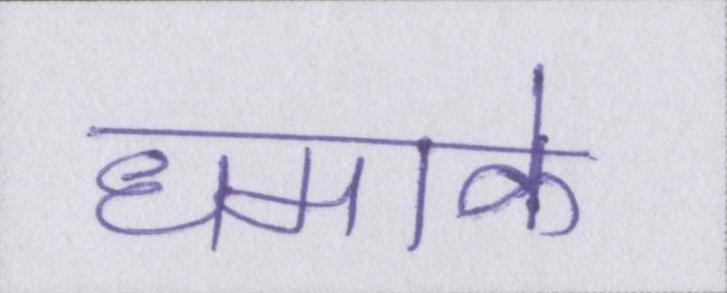
धमाके